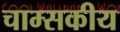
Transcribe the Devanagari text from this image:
चाम्सकीय